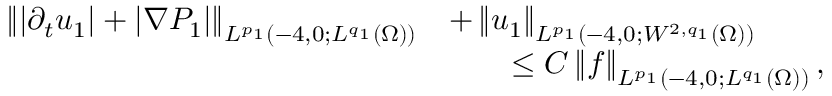
\begin{array} { r l } { \left\lVert | \partial _ { t } u _ { 1 } | + | \nabla P _ { 1 } | \right\rVert _ { L ^ { p _ { 1 } } ( - 4 , 0 ; L ^ { q _ { 1 } } ( \Omega ) ) } } & { + \left\lVert u _ { 1 } \right\rVert _ { L ^ { p _ { 1 } } ( - 4 , 0 ; W ^ { 2 , q _ { 1 } } ( \Omega ) ) } } \\ & { \qquad \le C \left\lVert f \right\rVert _ { L ^ { p _ { 1 } } ( - 4 , 0 ; L ^ { q _ { 1 } } ( \Omega ) ) } , } \end{array}